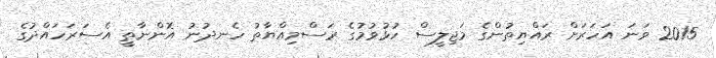
2015 ވަނަ އަހަރަށް ރައްޔިތުންގެ މަޖިލީސް ހުޅުވުމުގެ ރަސްމިއްޔާތު ހެނދުނު އޮންނާތީ އެސަރަހައްދުގެ